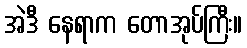
အဲဒီ နေရာက တောအုပ်ကြီး။